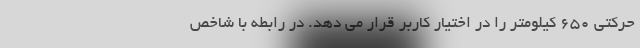
حرکتی 650 کیلومتر را در اختیار کاربر قرار می دهد. در رابطه با شاخص